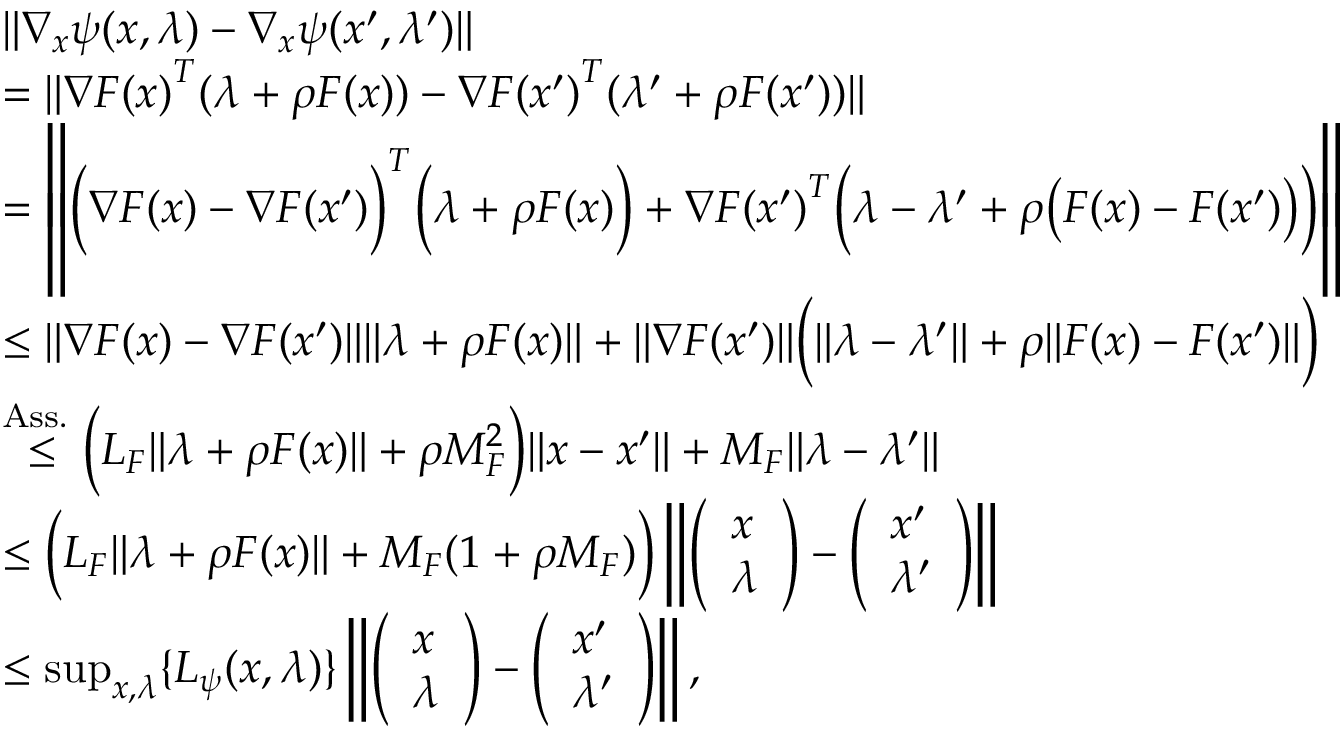
\begin{array} { r l } & { \| \nabla _ { x } \psi ( x , \lambda ) - \nabla _ { x } \psi ( x ^ { \prime } , \lambda ^ { \prime } ) \| } \\ & { = \| { \nabla F ( x ) } ^ { T } ( \lambda + \rho F ( x ) ) - { \nabla F ( x ^ { \prime } ) } ^ { T } ( \lambda ^ { \prime } + \rho F ( x ^ { \prime } ) ) \| } \\ & { = \left\| \Big ( { \nabla F ( x ) } - { \nabla F ( x ^ { \prime } ) } \Big ) ^ { T } \Big ( \lambda + \rho F ( x ) \Big ) + { \nabla F ( x ^ { \prime } ) } ^ { T } \Big ( \lambda - \lambda ^ { \prime } + \rho \big ( F ( x ) - F ( x ^ { \prime } ) \big ) \Big ) \right\| } \\ & { \leq \| { \nabla F ( x ) } - { \nabla F ( x ^ { \prime } ) } \| \| \lambda + \rho F ( x ) \| + \| { \nabla F ( x ^ { \prime } ) } \| \Big ( \| \lambda - \lambda ^ { \prime } \| + \rho \| F ( x ) - F ( x ^ { \prime } ) \| \Big ) } \\ & { { \overset { \mathrm { A s s . ~ } } { \leq } } \Big ( L _ { F } \| \lambda + \rho F ( x ) \| + \rho M _ { F } ^ { 2 } \Big ) \| x - x ^ { \prime } \| + M _ { F } \| \lambda - \lambda ^ { \prime } \| } \\ & { \leq \Big ( L _ { F } \| \lambda + \rho F ( x ) \| + M _ { F } ( 1 + \rho M _ { F } ) \Big ) \left\| \left( \begin{array} { l } { x } \\ { \lambda } \end{array} \right) - \left( \begin{array} { l } { x ^ { \prime } } \\ { \lambda ^ { \prime } } \end{array} \right) \right\| } \\ & { \leq \operatorname* { s u p } _ { x , \lambda } \{ L _ { \psi } ( x , \lambda ) \} \left\| \left( \begin{array} { l } { x } \\ { \lambda } \end{array} \right) - \left( \begin{array} { l } { x ^ { \prime } } \\ { \lambda ^ { \prime } } \end{array} \right) \right\| , } \end{array}